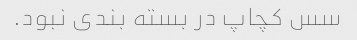
سس کچاپ در بسته بندی نبود.